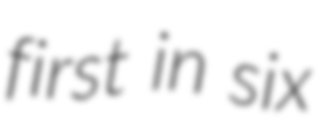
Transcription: first in six